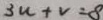
3 u + v = 8